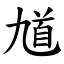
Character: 馗